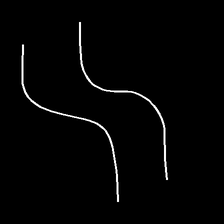
Glyph: float